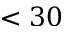
< 3 0